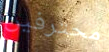
محترفين